Document type: Emphyteutic lease
Year: 1316
Scribe: Berenguer de Vallseca
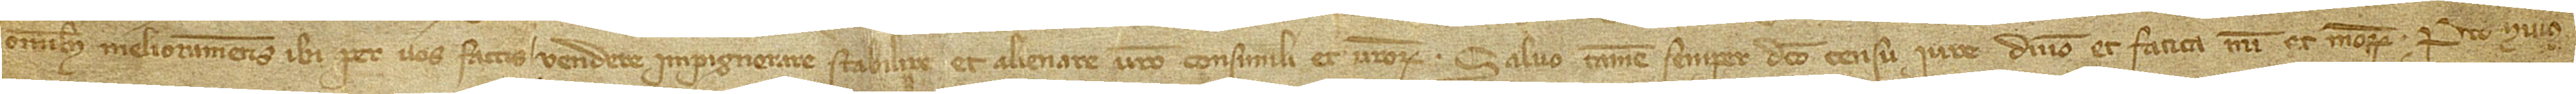
omnibus melioramentis ibi per vos factis, vendere, impignorare, stabilire et alienare vestro consimili et vestrorum, salvo tamen semper dicto censu, iure, dominio et faticas mei et meorum. Pro huius-